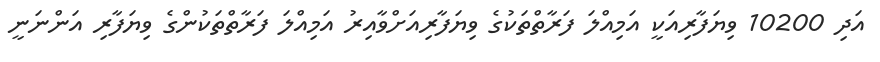
އަދި 10200 ވިޔަފާރިއަކީ އަމިއްލަ ފަރާތްތަކުގެ ވިޔަފާރިއަށްވާއިރު އަމިއްލަ ފަރާތްތަކުންގެ ވިޔަފާރި އަންނަނީ